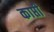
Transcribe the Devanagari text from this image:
काप्ती